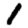
Digit: 1